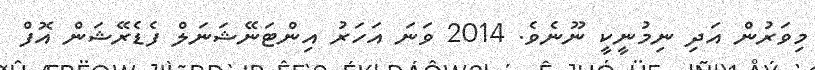
މިވަރުން އަދި ނިމުނީކީ ނޫނެވެ. 2014 ވަނަ އަހަރު އިންޓަނޭޝަނަލް ފެޑެރޭޝަން އޮފް